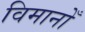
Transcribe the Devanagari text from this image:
विमानोँ